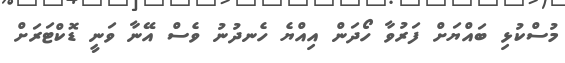
މުސްކުޅި ބައްޔަށް ފަރުވާ ހޯދަން އިއްޔެ ހެނދުނު ވެސް އޭނާ ވަނީ ޑޮކްޓަރަށް